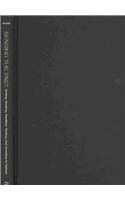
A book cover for Sensing the Past: Seeing, Hearing, Smelling, Tasting, and Touching in History; Mark M. Smith; History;